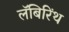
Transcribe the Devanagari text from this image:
लॅबिरिंथ